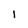
Character: 1